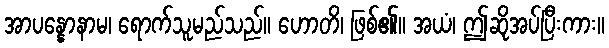
အာပန္နောနာမ၊ ရောက်သူမည်သည်။ ဟောတိ၊ ဖြစ်၏။ အယံ၊ ဤဆိုအပ်ပြီးကား။